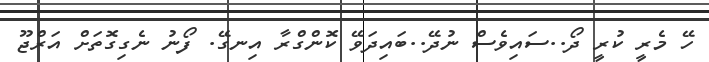
ހޭ މެރީ ކުރީ ދޯ..ސައިވެސް ނުދޭ..ބައިދަވޭ ކޮންގްރާ އިނގޭ. ފޯނު ނެގިގޮތަށް އަރްޖޫ